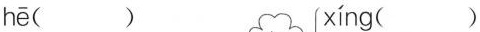
hē( ) xíng( )